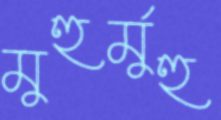
মুহুর্মুহু